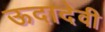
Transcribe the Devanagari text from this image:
ऊदादेवी